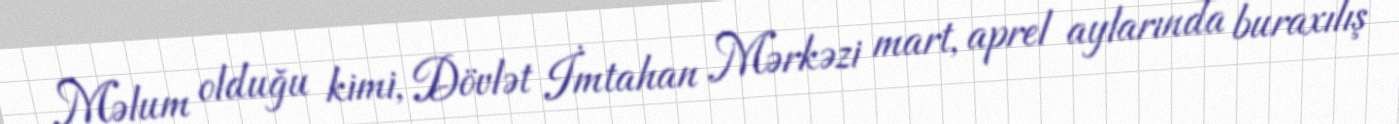
Məlum olduğu kimi, Dövlət İmtahan Mərkəzi mart, aprel aylarında buraxılış